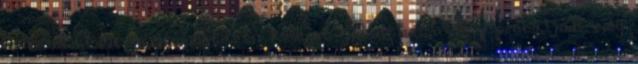
a bevándorló, ami megtartó közeget jelenthet, vagy próbálják meg